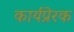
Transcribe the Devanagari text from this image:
कार्यप्रेरक